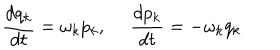
\frac { d q _ { k } } { d t } = \omega _ { k } p _ { k } , ~ ~ \frac { d p _ { k } } { d t } = - \omega _ { k } q _ { k }